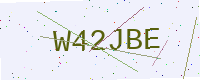
Text: W42JBE